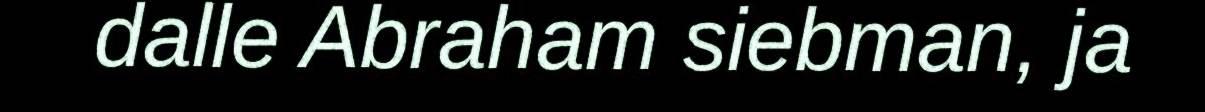
dalle Abraham siebman, ja